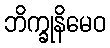
ဘိက္ခုနိမေဝ